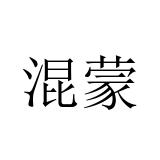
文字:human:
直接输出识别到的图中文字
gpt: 混蒙